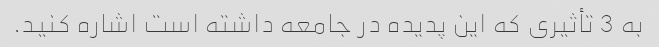
به 3 تأثیری که این پدیده در جامعه داشته است اشاره کنید.